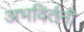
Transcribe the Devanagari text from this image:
अभविर्तनी